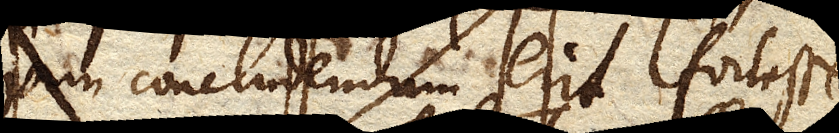
jam concludendum erit fortasse,